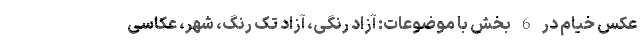
عکس خیام در 6 بخش با موضوعات: آزاد رنگی، آزاد تک رنگ، شهر، عکاسی